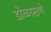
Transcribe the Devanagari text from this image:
डोळासणे